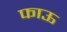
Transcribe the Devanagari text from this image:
फाऊ